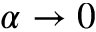
\alpha \to 0